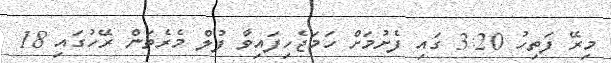
މިރޭ ފަތިހު 3:20 ގައި ފެށުމަށް ހަމަޖެހިފައިވާ ފުލް މެރެތަން ރޭހުގައި 18